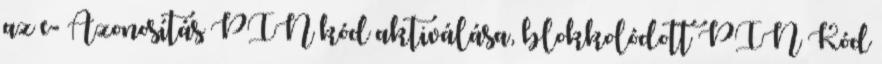
az e- Azonosítás PIN kód aktiválása, blokkolódott PIN Kód